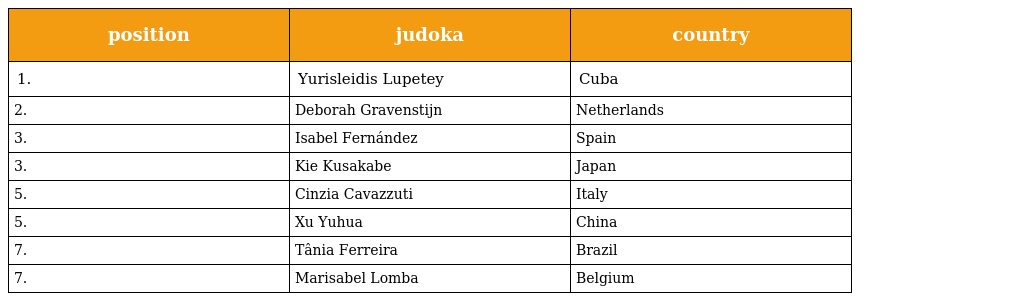
| position | judoka | country |
 | --- | --- | --- |
 | 1. | Yurisleidis Lupetey | Cuba |
 | 2. | Deborah Gravenstijn | Netherlands |
 | 3. | Isabel Fernández | Spain |
 | 3. | Kie Kusakabe | Japan |
 | 5. | Cinzia Cavazzuti | Italy |
 | 5. | Xu Yuhua | China |
 | 7. | Tânia Ferreira | Brazil |
 | 7. | Marisabel Lomba | Belgium |